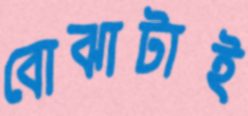
বোঝাটাই